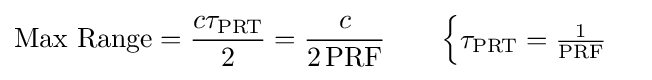
{\text{Max Range}}={\frac {c\tau _{\text{PRT}}}{2}}={\frac {c}{2\,{\text{PRF}}}}\qquad {\begin{cases}\tau _{\text{PRT}}={\frac {1}{\text{PRF}}}\end{cases}}